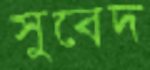
সুবেদ